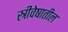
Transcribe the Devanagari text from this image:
स्त्रीवेषातील